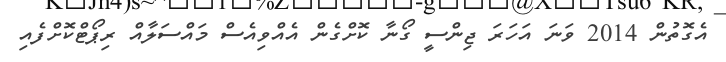
އެގޮތުން 2014 ވަނަ އަހަރަ ޖިންސީ ގޯނާ ކޮށްގެން އެއްވިއެސް މައްސަލާއް ރިޕޯޓްކޮށްފެއި